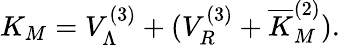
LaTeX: K_{M}=V_{\Lambda}^{(3)}+(V_{R}^{(3)}+\overline{{K}}_{M}^{(2)}).